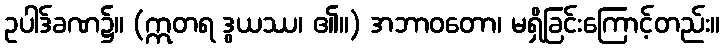
ဥပါဒ်ခဏ၌။ (ဣတရ ဒွယဿ၊ ၏။) အဘာဝတော၊ မရှိခြင်းကြောင့်တည်း။